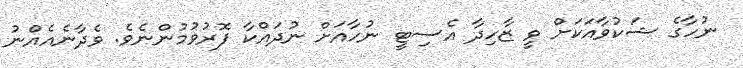
ނުހާގެ ޝަކުވާއަކަށް ވީ ޒާހިދާ އެސިޓީ ނުހާއަށް ނުދައްކާ ފޮރުވުމުންނެވެ. ވެދާނެއެއްނު